Annual administration and progress report of the Indian Medical Department, Bombay
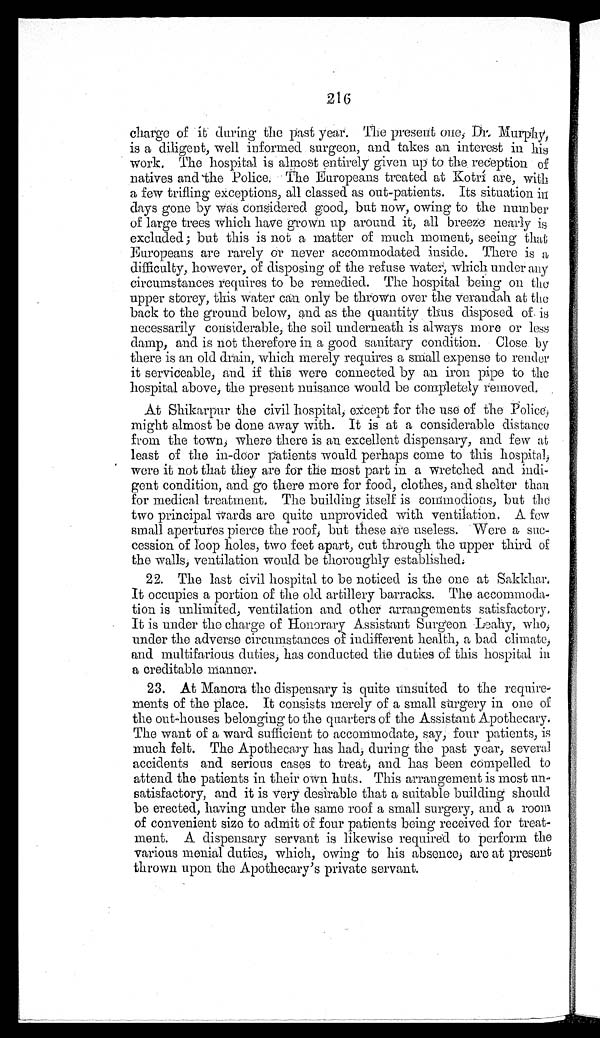
216
charge of it during the past year. The present one, Dr. Murphy,
is a diligent, well informed surgeon, and takes an interest in his
work. The hospital is almost entirely given up to the reception of
natives and the Police. The Europeans treated at Kotri are, with
a few trifling exceptions, all classed as out-patients. Its situation in
days gone by was considered good, but now, owing to the number
of large trees which have .grown up around it, all breeze nearly is
excluded ; but this is not a matter of much moment, seeing that
Europeans are rarely or never accommodated inside. There is a
difficulty, however, of disposing of the refuse water, which under any
circumstances requires to be remedied. The hospital being on the
upper storey, this water can only be thrown over the verandah at the
back to the ground below, and as the quantity thus disposed of is
necessarily considerable, the soil underneath is always more or less
damp, and is not therefore in a good sanitary condition. Close by
there is an old drain, which merely requires a small expense to render
it serviceable, and if this were connected by an iron pipe to the
hospital above, the present nuisance would be completely removed.
At Shikarpur the civil hospital, except for the use of the Police,
might almost be done away with. It is at a considerable distance
from the town, where there is an excellent dispensary, and few at
least of the in-door patients would perhaps come to this hospital,
were it not that they are for the most part in a wretched and indi
-gent condition, and go there more for food, clothes, and shelter than
for medical treatment. The building itself is commodious, but the
two principal wards are quite unprovided with ventilation. A few
small apertures pierce the roof, but these are useless. Were a suc
-cession of loop holes, two feet apart, cut through the upper third of
the walls, ventilation would be thoroughly established.
22. The last civil hospital to be noticed is the one at Sakkhar.
It occupies a portion of the old artillery barracks. The accommoda
-tion is unlimited, ventilation and other arrangements satisfactory.
It is under the charge of Honorary Assistant Surgeon .Leahy, who,
under the adverse circumstances of indifferent health, a bad climate,
and multifarious duties, has conducted the duties of this hospital in
a creditable manner.
23. At Manora the dispensary is quite unsuited to the require
-ments of the place. It consists merely of a small surgery in one of
the out-houses belonging to the quarters of the Assistant Apothecary.
The want of a ward sufficient to accommodate, say, four patients, is
much felt. The Apothecary has had, during the past year, several
accidents and serious cases to treat, and has been compelled to
attend the patients in their own huts. This arrangement is most un
-satisfactory, and it is very desirable that a suitable building should
be erected, having under the same roof a small surgery, and a room
of convenient size to admit of four patients being received for treat-
ment. A dispensary servant is likewise required to perform the
various menial duties, which, owing to his absence, are at present
thrown upon the Apothecary's private servant.